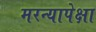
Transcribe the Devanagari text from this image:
मरन्यापेक्षा